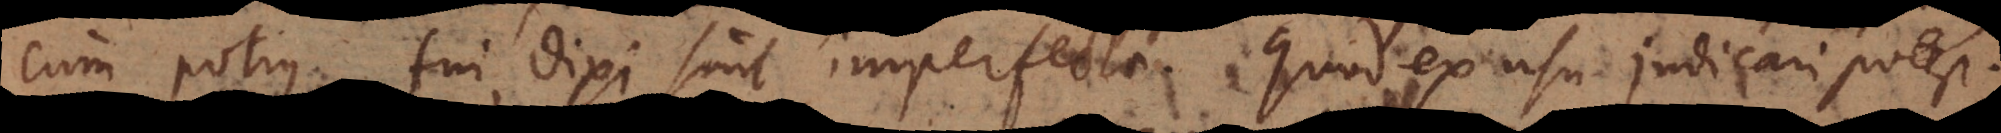
cum potius, fui, dixi sunt imperfecta. Quod ex usu judicari potest.